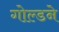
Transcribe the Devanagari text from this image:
गोल्डने